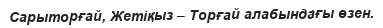
Сарыторғай, Жетіқыз – Торғай алабындағы өзен.